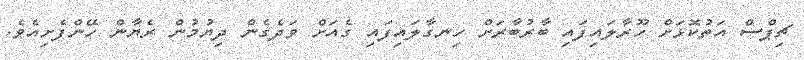
ޗިޕްސް އަތުކޮޅަށް ހޫރާލައިފައި ބާރުބާރަށް ހިނގާލައިފައި ގެއަށް ވަދެގެން ދިޔުމުން ރެޔާން ހޭންފެށިއެވެ.